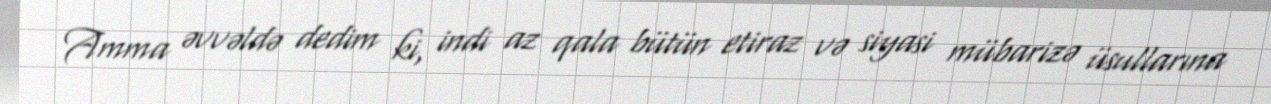
Amma əvvəldə dedim ki, indi az qala bütün etiraz və siyasi mübarizə üsullarına